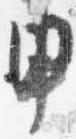
申